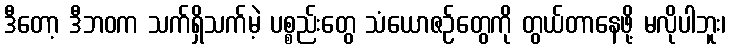
ဒီတော့ ဒီဘဝက သက်ရှိသက်မဲ့ ပစ္စည်းတွေ သံယောဇဉ်တွေကို တွယ်တာနေဖို့ မလိုပါဘူး၊